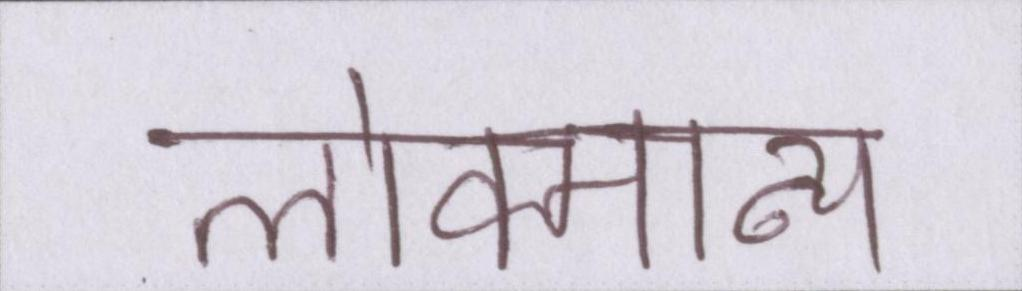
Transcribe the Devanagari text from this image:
लोकमान्य